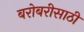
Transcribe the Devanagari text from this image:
बरोबरीसाठी